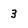
Character: 3